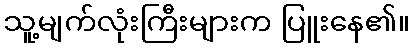
သူ့မျက်လုံးကြီးများက ပြူးနေ၏။